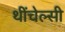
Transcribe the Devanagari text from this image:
थींचेल्सी